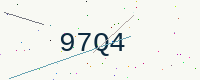
Text: 97Q4